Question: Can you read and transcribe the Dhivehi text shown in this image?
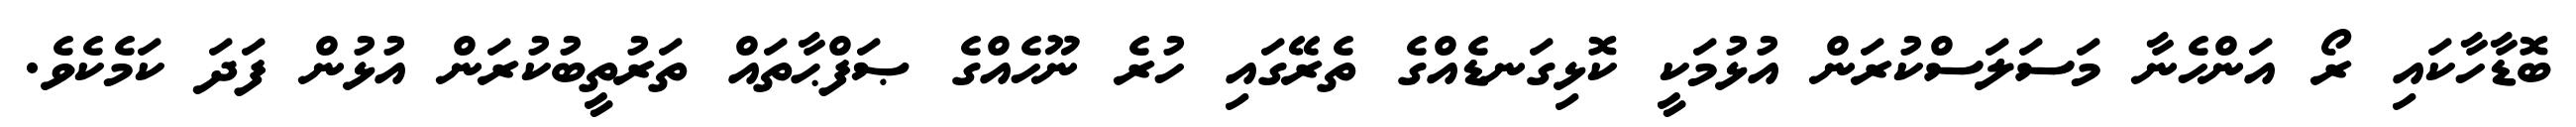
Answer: ބޮޑާހާކައި ރޯ އަންހެނާ މަސަލަސްކުރަން އުޅުމަކީ ކޮޅިގަނޑެއްގެ ތެރޭގައި ހުރެ ނޫހެއްގެ ޞަފްޙާތައް ތަރުތީބުކުރަން އުޅުން ފަދަ ކަމެކެވެ.